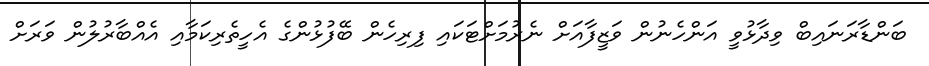
ބަންޑާރަނައިބް ވިދާޅުވީ އަންހެނުން ވަޒީފާއަށް ނެރުމަށްޓަކައި ފިރިހެން ބޭފުޅުންގެ އެހީތެރިކަމާއި އެއްބާރުލުން ވަރަށް